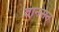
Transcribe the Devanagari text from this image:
वानसन